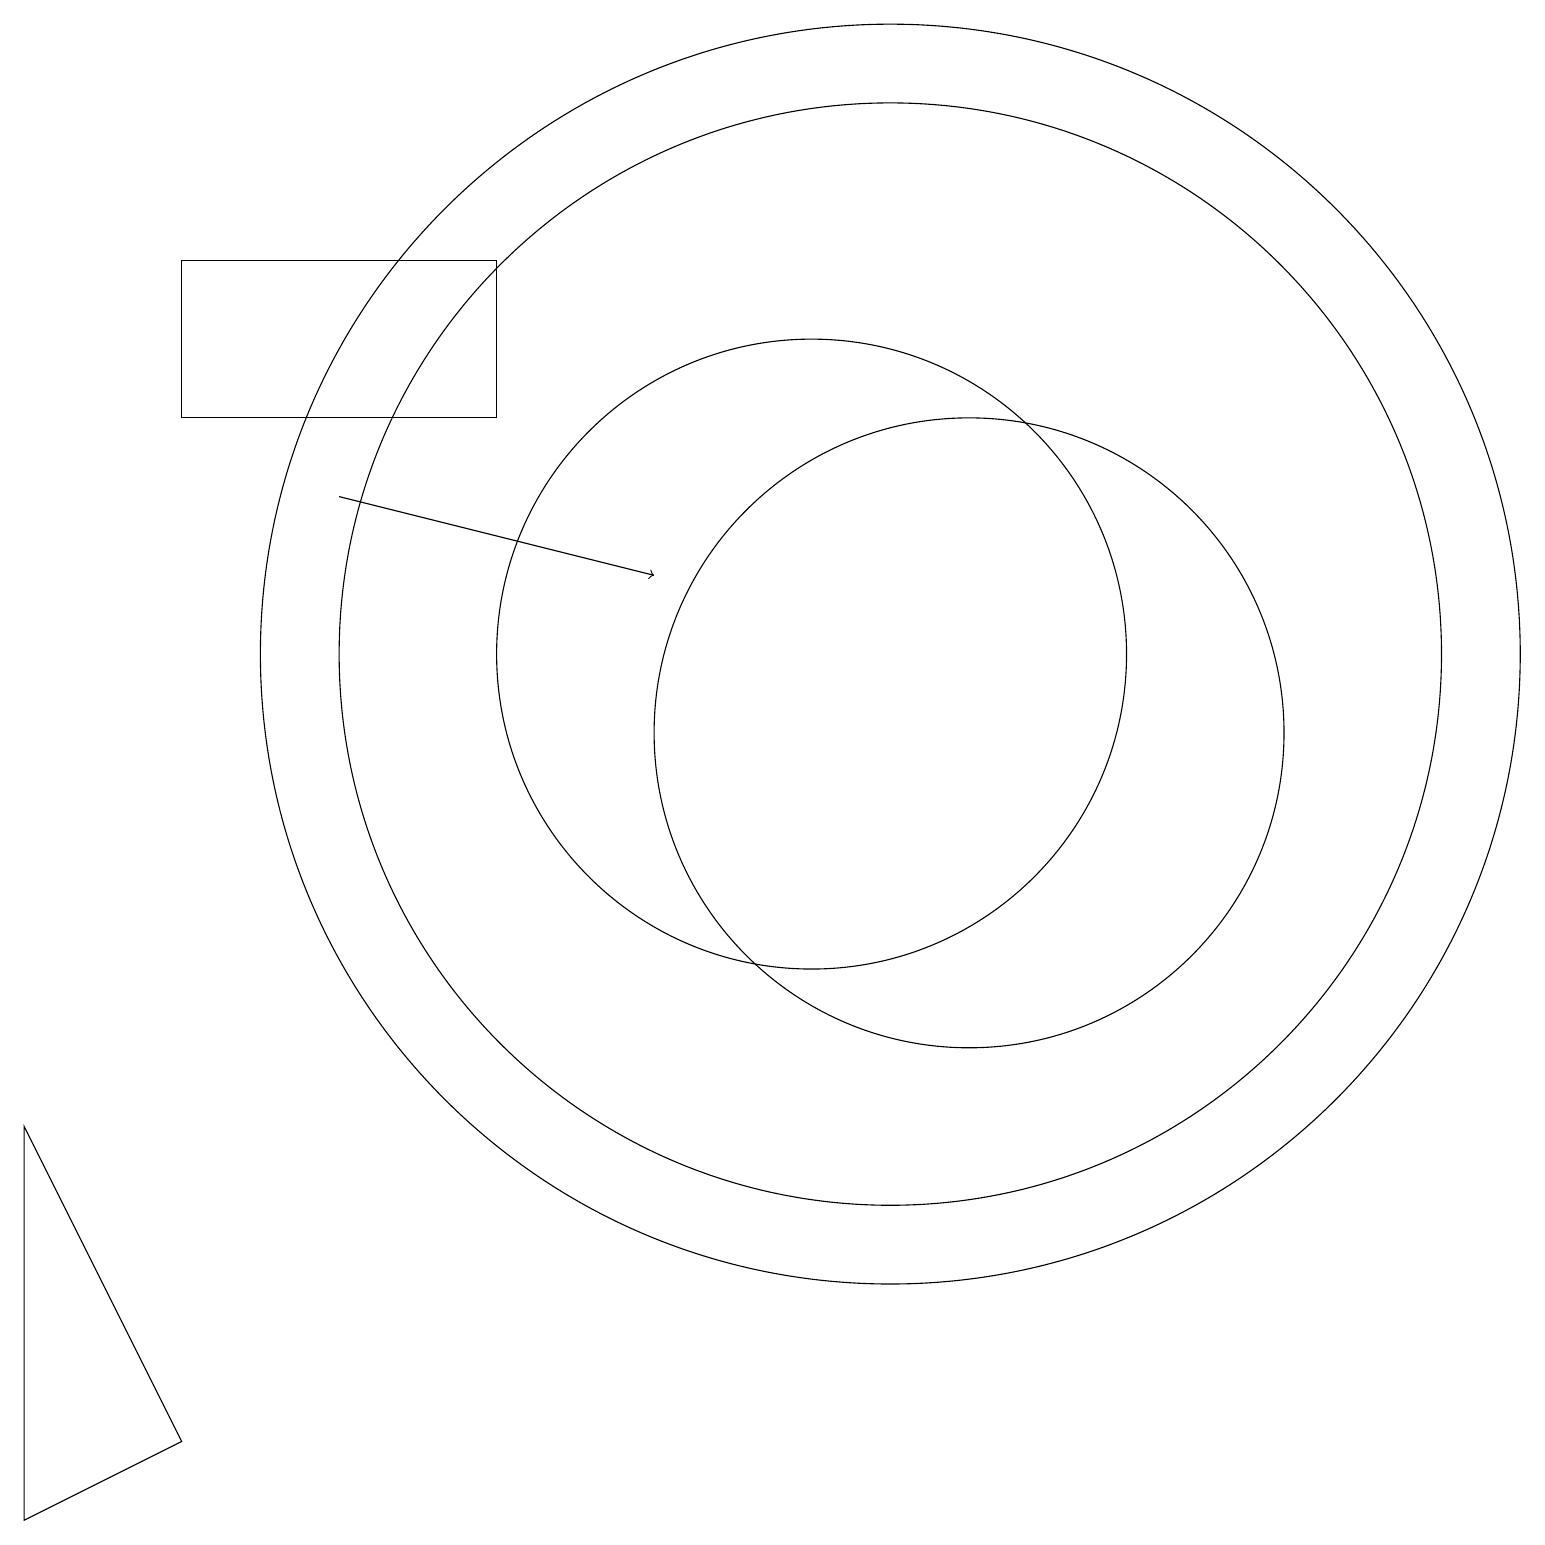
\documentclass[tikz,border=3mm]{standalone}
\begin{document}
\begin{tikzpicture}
\draw (0,0) -- (2,1) -- (0,5) -- cycle;
\draw (10,11) circle (4);
\draw (12,10) circle (4);
\draw[->] (4,13) -- (8,12);
\draw (11,11) circle (8);
\draw (2,14) rectangle (6,16);
\draw (11,11) circle (7);
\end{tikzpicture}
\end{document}